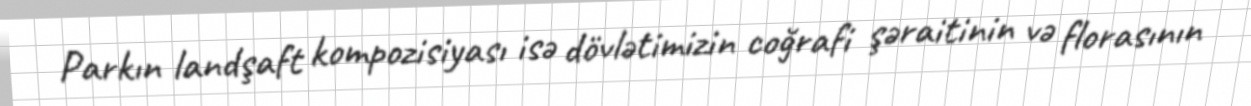
Parkın landşaft kompozisiyası isə dövlətimizin coğrafi şəraitinin və florasının